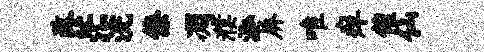
改茫浣僚凋濮泓屏唯痒催仙